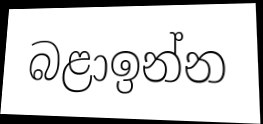
බළාඉන්න